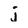
Character: j